Civil Veterinary Dept. Bombay admin report 1900-1906 - 1900-1906
Year: 1900
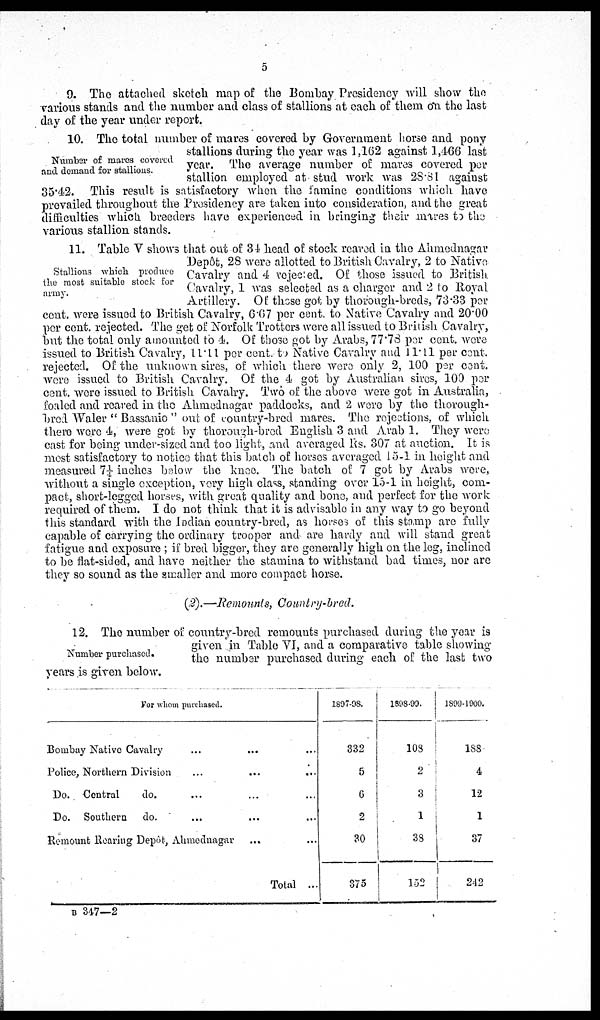
5
9. The attached sketch map of the Bombay Presidency will show the
various stands and the number and class of stallions at each of them tin the last
day of the year under report.
Number of mares covered
and demand for stallions.
10. The total number of mares covered by Government horse and pony
stallions during the year was 1,162 against 1,466 last
year. The average number of mares covered per
stallion employed at stud work was 28.81 against
35.42. This result is satisfactory when the famine conditions which have
provailed throughout the Presidency are taken into consideration, and the great
difficulties which breeders have experienced in bringing their mares to the
various stallion stands.
Stallions which produce
the most suitable stock for
army.
11. Table V shows that out of 34 head of stock reared in the Ahmednagar
Depôt, 28 were allotted to British Cavalry, 2 to Native
Cavalry and 4 rejected. Of those issued to British.
Cavalry, 1 was selected as a charger and 2 to Royal
Artillery. Of those got by thorough-breds, 73.33 per
cent. were issued to British Cavalry, 6.67 per cent. to Native Cavalry and 20.00
per cent. rejected. The get of Norfolk Trotters were all issued to British Cavalry,
but the total only amounted to 4. Of those got by Arabs, 77.78 per cent. were
issued to British Cavalry, 11.11 per cent. to Native Cavalry and 11.11 per cent.
rejected. Of the unknown sires, of which there were only 2, 100 per cent.
were issued to British Cavalry. Of the 4 got by Australian sires, 100 per
cent. were issued to British Cavalry. Two of the above were got in Australia,
foaled and reared in the Ahmednagar paddocks, and 2 were by the thorough-
brod Waler "Bassanio" out of country-bred mares. The rejections, of which
there were 4, were got by thorough-bred English 3 and Arab 1. They were
cast for being under-sized and too light, and averaged Rs. 307 at auction. It is
most satisfactory to notice that this batch of horses averaged 15-1 in height and
measured 7¼ inches below the knee. The batch of 7 got by Arabs were,
without a single exception, very high class, standing over 15-1 in height, com-
pact, short-legged horses, with great quality and bone, and perfect for the work
required of them. I do not think that it is advisable in any way to go beyond
this standard with the Indian country-bred, as horses of this stamp are fully
capable of carrying the ordinary trooper and are hardy and will stand great
fatigue and exposure; if bred bigger, they are generally high on the leg, inclined
to be flat-sided, and have neither the stamina to withstand bad times, nor are
they so sound as the smaller and more compact horse.
(2).—Remounts, Country-bred.
Number purchased.
12. The number of country-bred remounts purchased during the year is
given in Table VI, and a comparative table showing
the number purchased during each of the last two
years is given below.
Tor whom purchased.
Bombay Native Cavalry ... ... ...
Police, Northern Division
...
...
...
Do. Central
do. ... ... ...
Do. Southern
do. ... ... ...
Remount Rearing Depôt, Ahmednagar ... ...
Total ...
1897-98.
332
5
6
2
30
375
1898-99.
108
2
3
1
38
152
1899-1900.
188
4
12
1
37
242
B 347—2